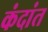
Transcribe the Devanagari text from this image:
कंदांत